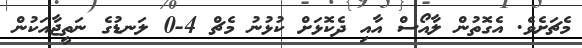
މެޗަށެވެ. އެގޮތުން ލާއޯސް އާއި ދެކޮޅަށް ކުޅުނު މެޗް 4-0 ލަނޑުގެ ނަތީޖާއަކުން